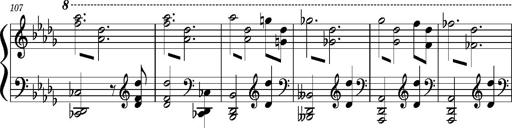
Title: Concerto sans orchestre, S.524a
Composer: Franz Liszt
Key: A major